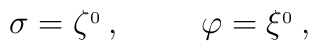
\sigma =\zeta^{_0}\, , \hskip 1 cm \varphi=\xi^{_0}\, ,